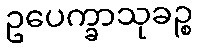
ဥပေက္ခာသုခဉ္စ